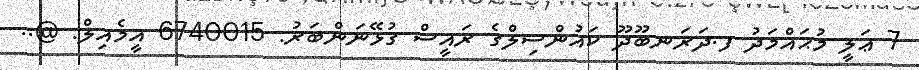
7 ޢަލީ މުޙައްމަދު ފ.ދަރަނބޫދޫ ކައުންސިލްގެ ރައީސް ގުޅޭނަންބަރު: 6740015 އީމެއިލް: @..